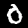
Digit: 0